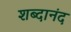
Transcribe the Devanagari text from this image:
शब्दानंद